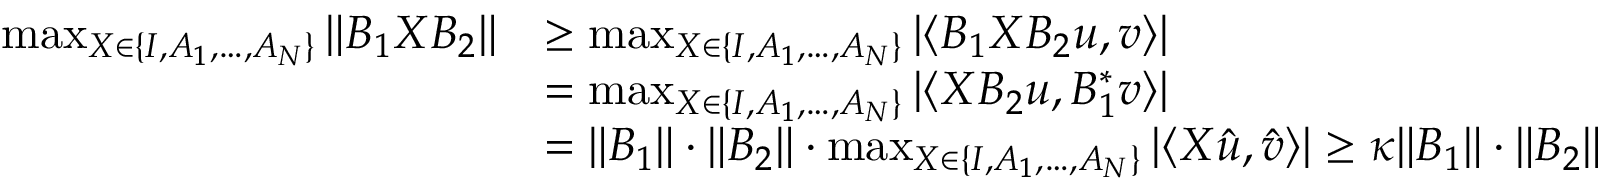
\begin{array} { r l } { \operatorname* { m a x } _ { X \in \{ I , A _ { 1 } , \ldots , A _ { N } \} } \| B _ { 1 } X B _ { 2 } \| } & { \geq \operatorname* { m a x } _ { X \in \{ I , A _ { 1 } , \ldots , A _ { N } \} } | \langle B _ { 1 } X B _ { 2 } u , v \rangle | } \\ & { = \operatorname* { m a x } _ { X \in \{ I , A _ { 1 } , \ldots , A _ { N } \} } | \langle X B _ { 2 } u , B _ { 1 } ^ { * } v \rangle | } \\ & { = \| B _ { 1 } \| \cdot \| B _ { 2 } \| \cdot \operatorname* { m a x } _ { X \in \{ I , A _ { 1 } , \ldots , A _ { N } \} } | \langle X \hat { u } , \hat { v } \rangle | \geq \kappa \| B _ { 1 } \| \cdot \| B _ { 2 } \| } \end{array}